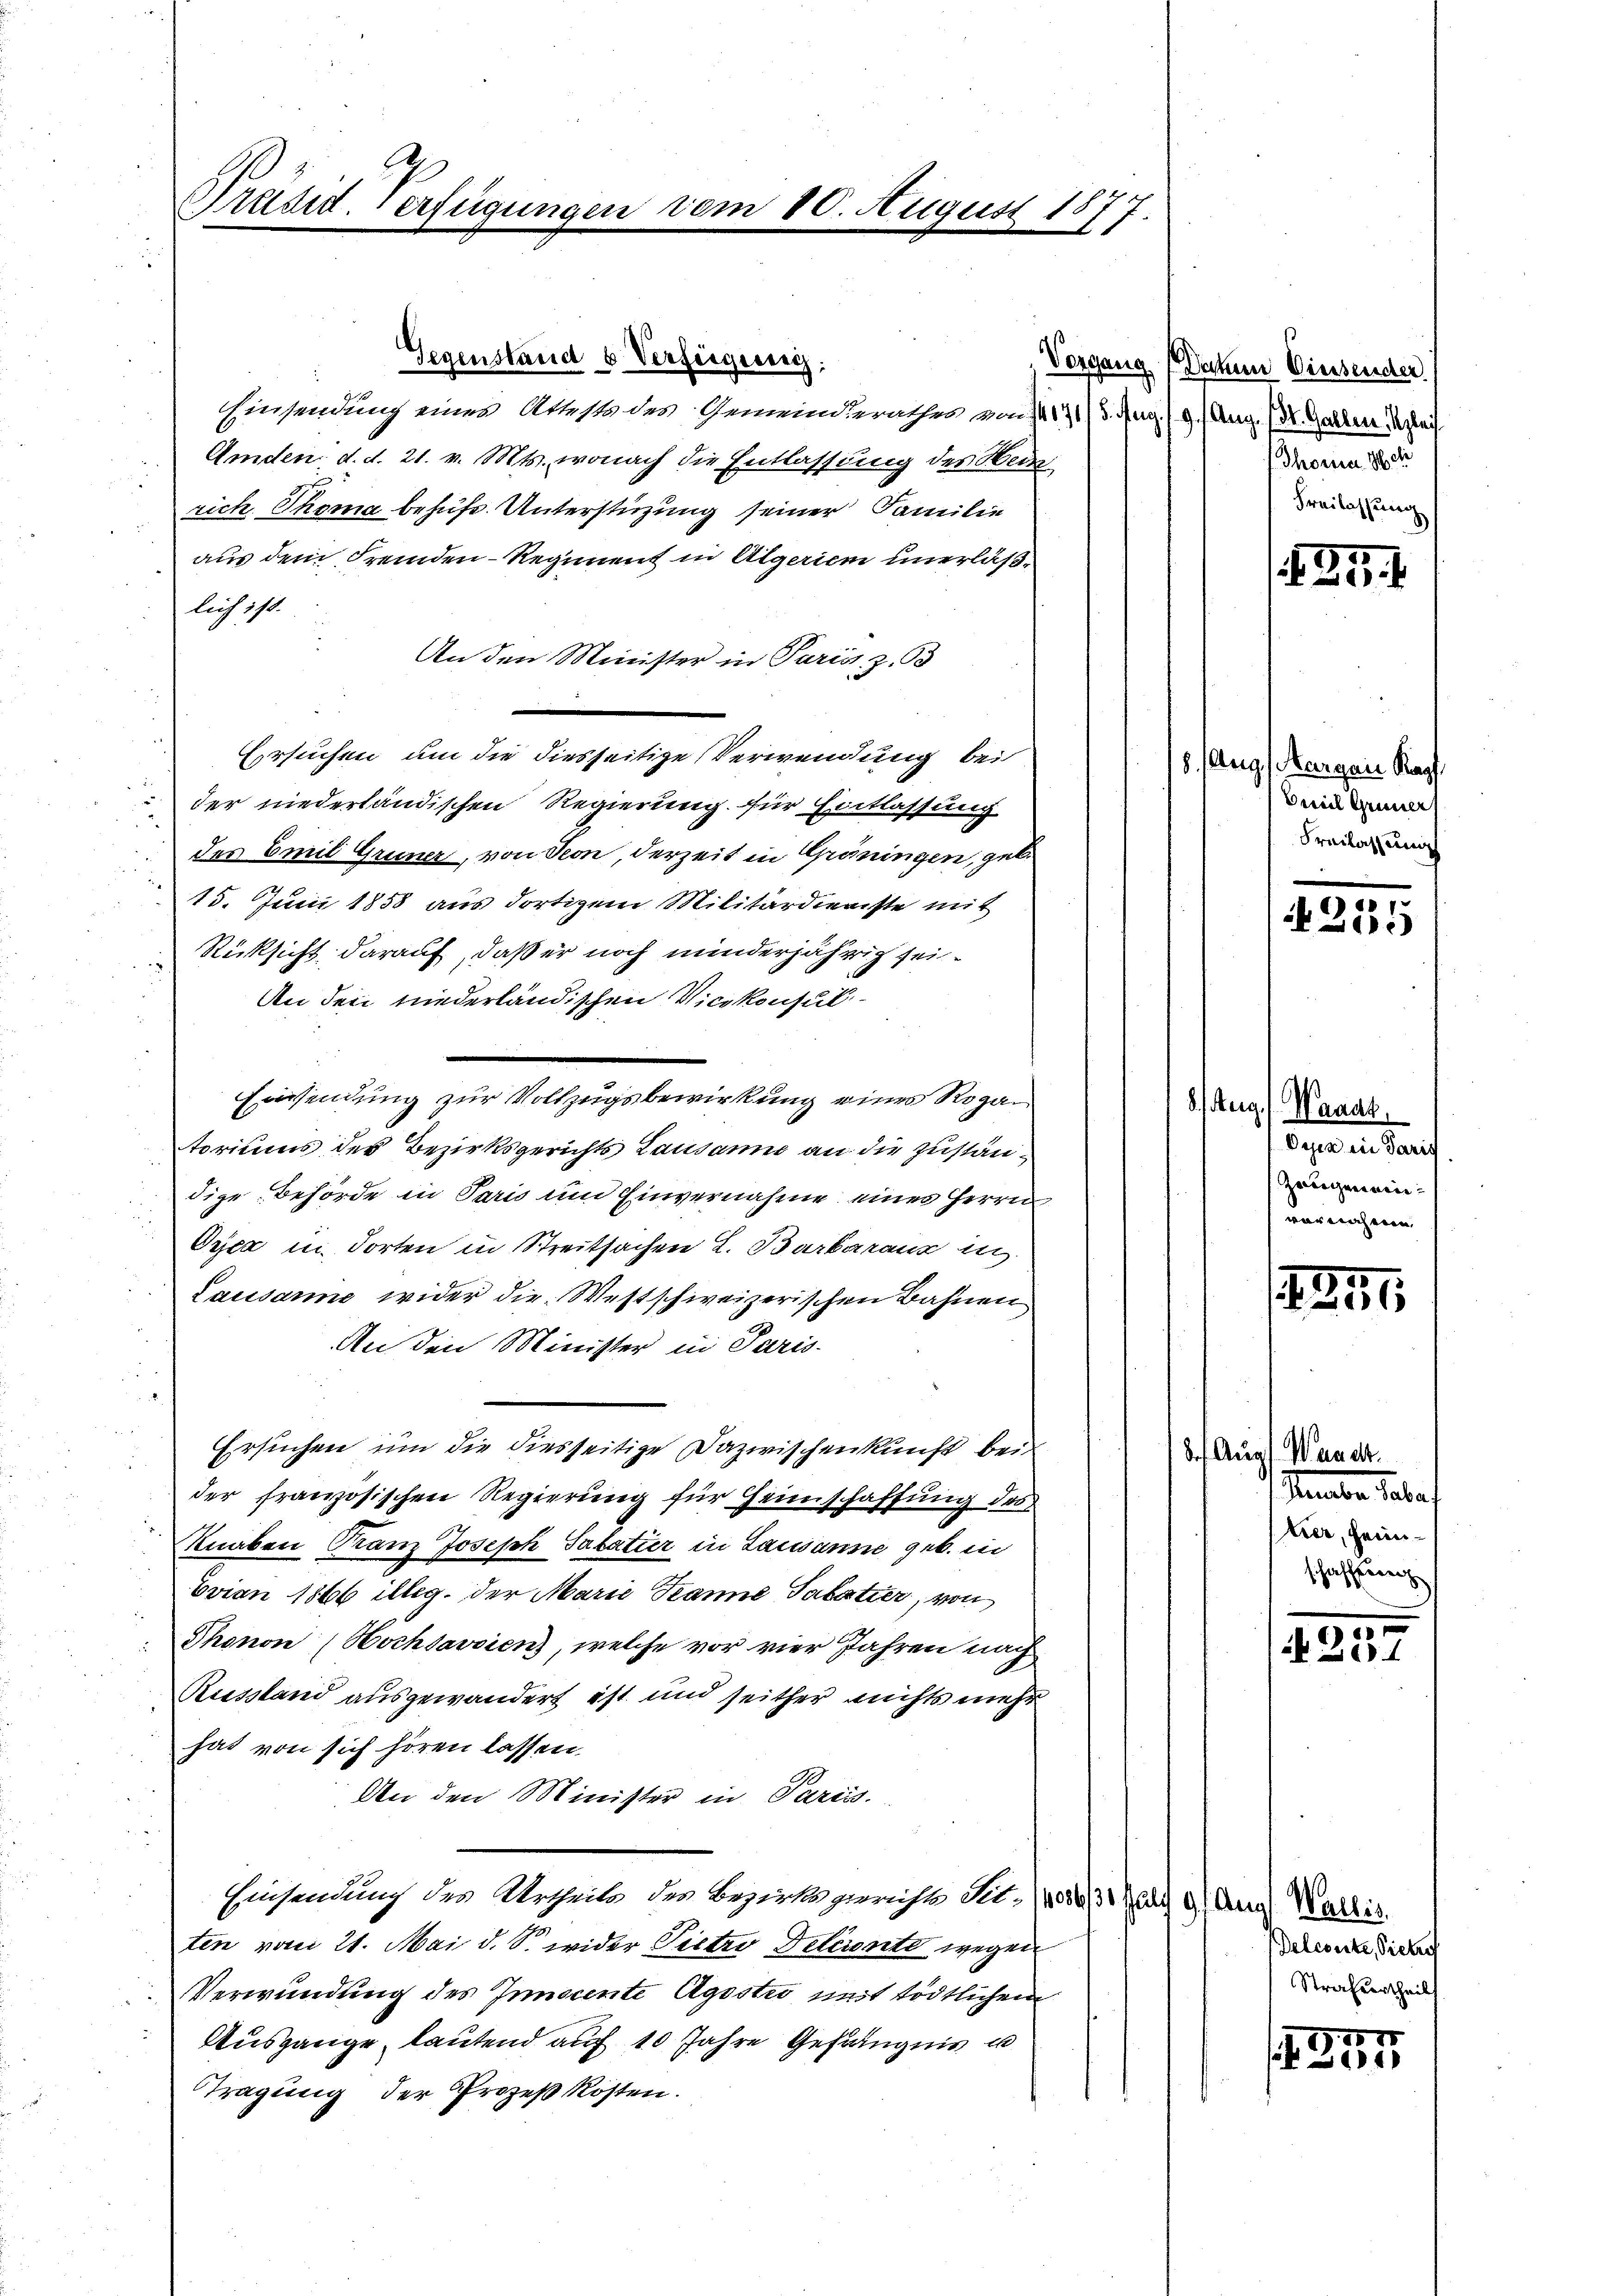
Grusid. erfügungen vom 10. August 1877.

Gegenstand u Verfügung:
Einsendung eines Atteste des Gemeinderathes von 14171/ 5. Aug. (9. Aug. (St. Galler gleich
Amden d. d. 21. v. Mts., wonach die Entlassung des Hed
rich Thoma behufs Unterstüzung seiner Familie
aus dem Fremden-Regiment in Algerien unerläßlich 111.
An den Minister in Paris, z. B
Ersuchen um die diesseitige Verwendung bei
der niederländischen Regierung für Entlassung
des Emil Grüner, von Seon, derzeit in Gröningen, geb.
15. Juni 1858 aus dortigem Militärdienste mit
Rücksicht darauf, daß er noch minderjährig sei¬
An den niederländischen Vicekonsultoriums der Bezirksgerichts Lausann an die Zuständige Behörde in Paris um Einvernahme eines Herrn
Cyca in dorten in Streitsachen L. Barkaranz in
Lausarme wider die Westschweizerischen Bahnen
An den Minister in Paris-
Ersuchen um die diesseitige Dazwischenkunft bei
der französischen Regierung für Heimschaffung des
Knaben Franz Joseph Sabatier in Lausanne geb. in
Evian 1866 illig. der Marie Tanne Salatier, von
Thonon (Hochsavoien), welche vor vier Jahren nach
Russland ausgewandert ist und seither nichts mehr
hat von sich hören lassen.
An den Minister in Paris
Hinsendung des Urtheils des Bezirksgericht Sie, (1881/31 Juli 9 (Arg. Wallis.
ten vom 21. Mai d. S. wider Pieter Deleronte wegen
Verwundung des Innocente Agostro mit tödtlichem
Ausgange, lautend auf 10 Jahre Gefängnis u
Tragung der Prozeßkosten.

Einsendung zur Vollzugsbewirkung einer Roza¬

Vorgang (Dahne Diesender
Thorner 188
Freilassung

4254

18. Aug. Margau Kapf.
Erweil Grüner
Freilassung

.
205

8 Aug. Waadt
Vesia in Paris
Zeugeneinvornahmen.

125

8. Aug. Waadt.
Tamber Jelen
Krer, Heimschaffung

10
 e

Delegerte Sichen
Strafurtheil

357